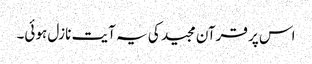
اس پر قرآن مجید کی یہ آیت نازل ہوئی۔